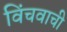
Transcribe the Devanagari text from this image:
विंचवाची